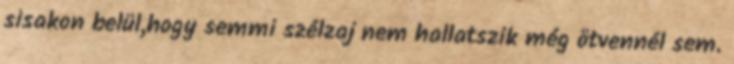
sisakon belül,hogy semmi szélzaj nem hallatszik még ötvennél sem.